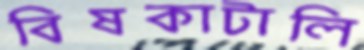
বিষকাটালি